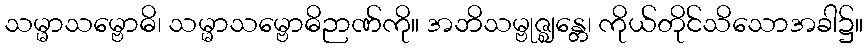
သမ္မာသမ္ဗောဓိ၊ သမ္မာသမ္ဗောဓိဉာဏ်ကို။ အဘိသမ္ဗုဇ္ဈန္တေ၊ ကိုယ်တိုင်သိသောအခါ၌။